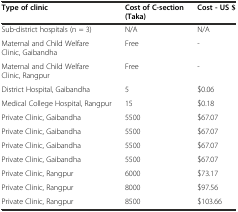
<table><thead><tr><td><b>Type of clinic</b></td><td><b>Cost of C-section (Taka)</b></td><td><b>Cost - US $</b></td></tr></thead><tbody><tr><td>Sub-district hospitals (n = 3)</td><td>N/A</td><td>N/A</td></tr><tr><td>Maternal and Child Welfare Clinic, Gaibandha</td><td>Free</td><td>-</td></tr><tr><td>Maternal and Child Welfare Clinic, Rangpur</td><td>Free</td><td>-</td></tr><tr><td>District Hospital, Gaibandha</td><td>5</td><td>$0.06</td></tr><tr><td>Medical College Hospital, Rangpur</td><td>15</td><td>$0.18</td></tr><tr><td>Private Clinic, Gaibandha</td><td>5500</td><td>$67.07</td></tr><tr><td>Private Clinic, Gaibandha</td><td>5500</td><td>$67.07</td></tr><tr><td>Private Clinic, Gaibandha</td><td>5500</td><td>$67.07</td></tr><tr><td>Private Clinic, Gaibandha</td><td>5500</td><td>$67.07</td></tr><tr><td>Private Clinic, Rangpur</td><td>6000</td><td>$73.17</td></tr><tr><td>Private Clinic, Rangpur</td><td>8000</td><td>$97.56</td></tr><tr><td>Private Clinic, Rangpur</td><td>8500</td><td>$103.66</td></tr></tbody></table>